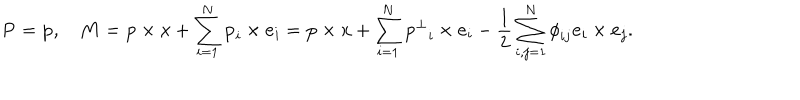
LaTeX: { \bf P } = { \bf p } , \quad { \bf M } = { \bf p } \times { \bf x } + \sum _ { i = 1 } ^ { N } { \bf p } _ { i } \times { \bf e } _ { i } = { \bf p } \times { \bf x } + \sum _ { i = 1 } ^ { N } { { \bf p } ^ { \bot } } _ { i } \times { \bf e } _ { i } - \frac 1 2 \sum _ { i , j = 1 } ^ { N } { \phi } _ { i j } { \bf e } _ { i } \times { \bf e } _ { j } .